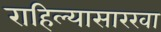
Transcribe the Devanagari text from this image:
राहिल्यासारखा